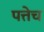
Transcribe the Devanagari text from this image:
पत्तेच